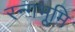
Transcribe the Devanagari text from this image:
रन्गभूमि